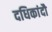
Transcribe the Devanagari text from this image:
दधिकांदौ